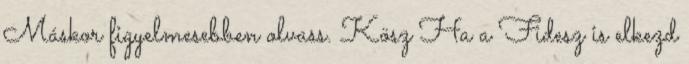
Máskor figyelmesebben olvass. Kösz Ha a Fidesz is elkezd